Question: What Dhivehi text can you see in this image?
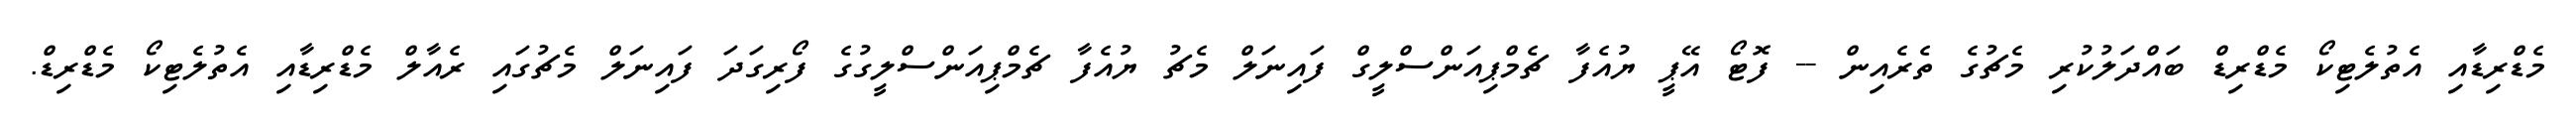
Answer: މެޑްރިޑާއި އެތުލެޓިކޯ މެޑްރިޑް ބައްދަލުކުރި މެޗުގެ ތެރެއިން -- ފޮޓޯ އޭޕީ ޔުއެފާ ޗެމްޕިއަންސްލީގް ފައިނަލް މެޗު ޔުއެފާ ޗެމްޕިއަންސްލީގުގެ ފޯރިގަދަ ފައިނަލް މެޗުގައި ރެއާލް މެޑްރިޑާއި އެތުލެޓިކޯ މެޑްރިޑް.